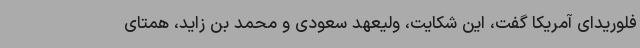
فلوریدای آمریکا گفت، این شکایت، ولیعهد سعودی و محمد بن زاید، همتای